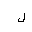
Letter: _lam